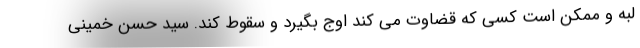
لبه و ممکن است کسی که قضاوت می کند اوج بگیرد و سقوط کند. سید حسن خمینی